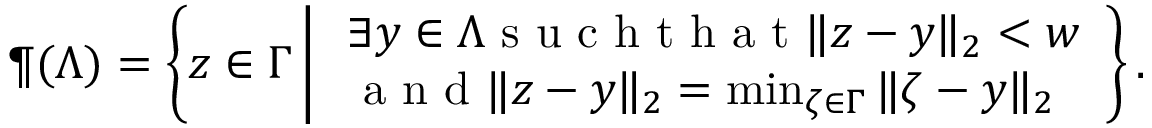
\P ( \Lambda ) = \left\{ z \in \Gamma \, \bigg | \, \begin{array} { l } { \exists y \in \Lambda \mathrm { ~ s ~ u ~ c ~ h ~ t ~ h ~ a ~ t ~ } \| z - y \| _ { 2 } < w } \\ { \mathrm { ~ a ~ n ~ d ~ } \| z - y \| _ { 2 } = \operatorname* { m i n } _ { \zeta \in \Gamma } \| \zeta - y \| _ { 2 } } \end{array} \right\} .